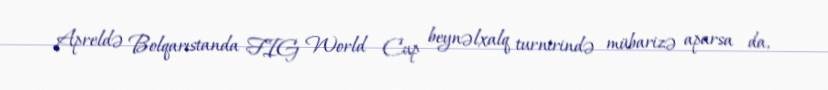
Apreldə Bolqarıstanda FIG World Cup beynəlxalq turnirində mübarizə aparsa da,